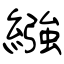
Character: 繈